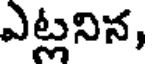
ఎట్లనిన,